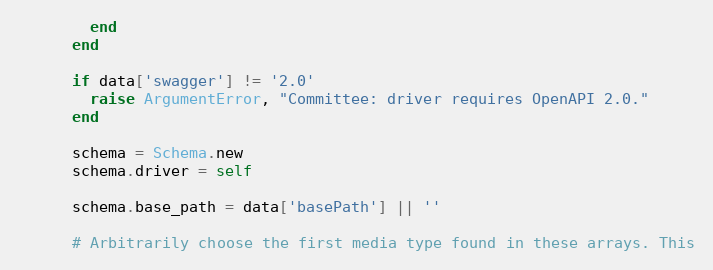
Language: Ruby
        end
      end

      if data['swagger'] != '2.0'
        raise ArgumentError, "Committee: driver requires OpenAPI 2.0."
      end

      schema = Schema.new
      schema.driver = self

      schema.base_path = data['basePath'] || ''

      # Arbitrarily choose the first media type found in these arrays. This